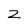
Character: 2